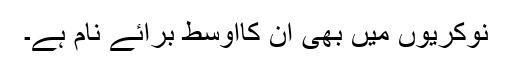
نوکریوں میں بھی ان کااوسط برائے نام ہے۔